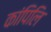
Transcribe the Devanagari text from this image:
कांपिलि